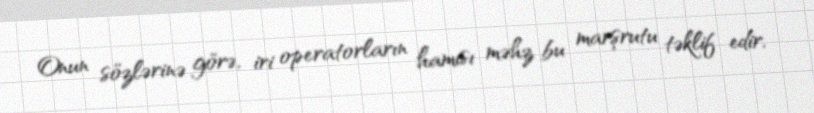
Onun sözlərinə görə, iri operatorların hamısı məhz bu marşrutu təklif edir,